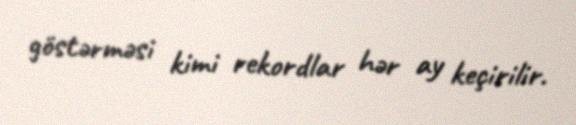
göstərməsi kimi rekordlar hər ay keçirilir.